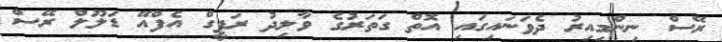
ރޭސް ނިންމިއިރު ދެވަނައިގައި އޮތް ގަތަރުގެ ވާލިދު ރަފީގް އެފްއޭ ޑަލޫލް ރޭސް